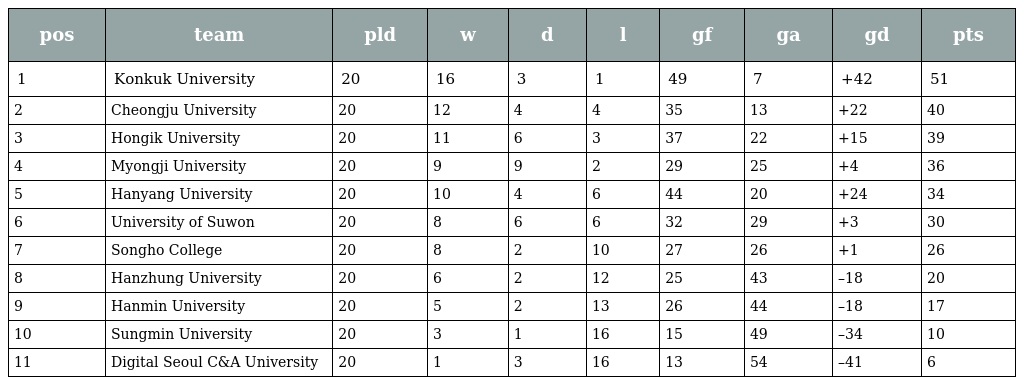
| pos | team | pld | w | d | l | gf | ga | gd | pts |
 | --- | --- | --- | --- | --- | --- | --- | --- | --- | --- |
 | 1 | Konkuk University | 20 | 16 | 3 | 1 | 49 | 7 | +42 | 51 |
 | 2 | Cheongju University | 20 | 12 | 4 | 4 | 35 | 13 | +22 | 40 |
 | 3 | Hongik University | 20 | 11 | 6 | 3 | 37 | 22 | +15 | 39 |
 | 4 | Myongji University | 20 | 9 | 9 | 2 | 29 | 25 | +4 | 36 |
 | 5 | Hanyang University | 20 | 10 | 4 | 6 | 44 | 20 | +24 | 34 |
 | 6 | University of Suwon | 20 | 8 | 6 | 6 | 32 | 29 | +3 | 30 |
 | 7 | Songho College | 20 | 8 | 2 | 10 | 27 | 26 | +1 | 26 |
 | 8 | Hanzhung University | 20 | 6 | 2 | 12 | 25 | 43 | –18 | 20 |
 | 9 | Hanmin University | 20 | 5 | 2 | 13 | 26 | 44 | –18 | 17 |
 | 10 | Sungmin University | 20 | 3 | 1 | 16 | 15 | 49 | –34 | 10 |
 | 11 | Digital Seoul C&A University | 20 | 1 | 3 | 16 | 13 | 54 | –41 | 6 |